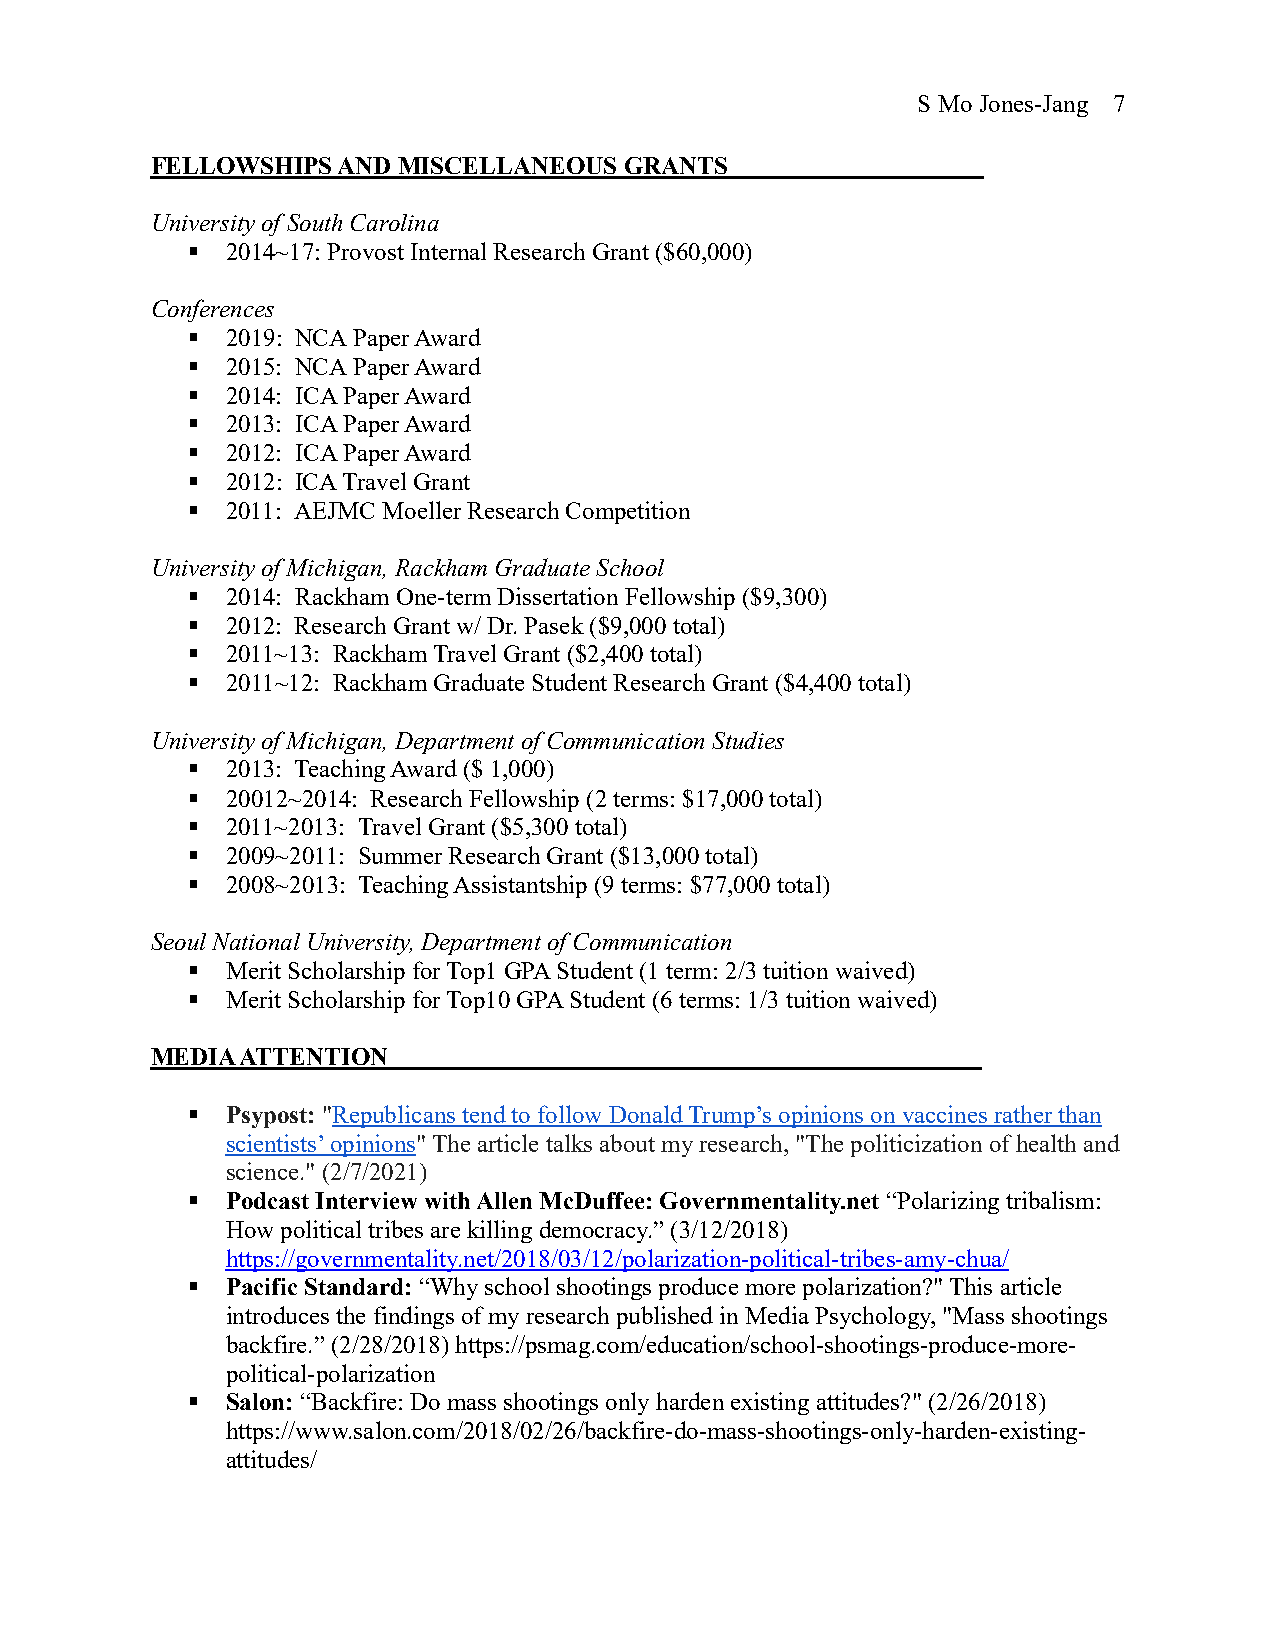
S Mo Jones-Jang 7
 FELLOWSHIPS AND MISCELLANEOUS  GRANTS
 University of South Carolina
 §  2014~17: Provost Internal Research Grant ($60,000)
 Conferences
 §  2019: NCA Paper Award
 §  2015: NCA Paper Award
 §  2014: ICA Paper Award
 §  2013: ICA Paper Award
 §  2012: ICA Paper Award
 §  2012: ICA Travel Grant
 §  2011: AEJMC Moeller Research Competition
 University of Michigan, Rackham Graduate School
 §  2014: Rackham One-term Dissertation Fellowship ($9,300)
 §  2012: Research Grant w/ Dr. Pasek ($9,000 total)
 §  2011~13: Rackham Travel Grant ($2,400 total)
 §  2011~12: Rackham Graduate Student Research Grant ($4,400 total)
 University of Michigan, Department of Communication Studies
 §  2013: Teaching Award ($ 1,000)
 §  20012~2014: Research Fellowship (2 terms: $17,000 total)
 §  2011~2013: Travel Grant ($5,300 total)
 §  2009~2011: Summer Research Grant ($13,000 total)
 §  2008~2013: Teaching Assistantship (9 terms: $77,000 total)
 Seoul National University, Department of Communication
 §  Merit Scholarship for Top1 GPA Student (1 term: 2/3 tuition waived)
 §  Merit Scholarship for Top10 GPA Student (6 terms: 1/3 tuition waived)
 MEDIA ATTENTION_______
 §  Psypost: "Republicans tend to follow Donald Trump’s opinions on vaccines rather than
 scientists’ opinions" The article talks about my research, "The politicization of health and
 science." (2/7/2021)
 §  Podcast Interview with Allen McDuffee: Governmentality.net “Polarizing tribalism:
 How political tribes are killing democracy.” (3/12/2018)
 https://governmentality.net/2018/03/12/polarization-political-tribes-amy-chua/
 §  Pacific Standard: “Why school shootings produce more polarization?" This article
 introduces the findings of my research published in Media Psychology, "Mass shootings
 backfire.” (2/28/2018) https://psmag.com/education/school-shootings-produce-more-
 political-polarization
 §  Salon: “Backfire: Do mass shootings only harden existing attitudes?" (2/26/2018)
 https://www.salon.com/2018/02/26/backfire-do-mass-shootings-only-harden-existing-
 attitudes/